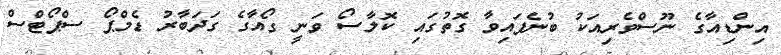
އިންޑިއާގެ ނޫސްވެރިއަކު ބުނެފައިވާ ގޮތުގައި ކޮލާސޯ ވަނީ ގޯއާގެ ގަދަބާރު ޑެމްޕޯ ސްޕޯޓްސް